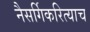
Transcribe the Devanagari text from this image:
नैसर्गिकरित्याच